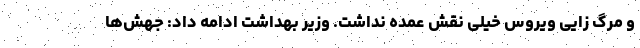
و مرگ زایی ویروس خیلی نقش عمده نداشت. وزیر بهداشت ادامه داد: جهش‌‌ها